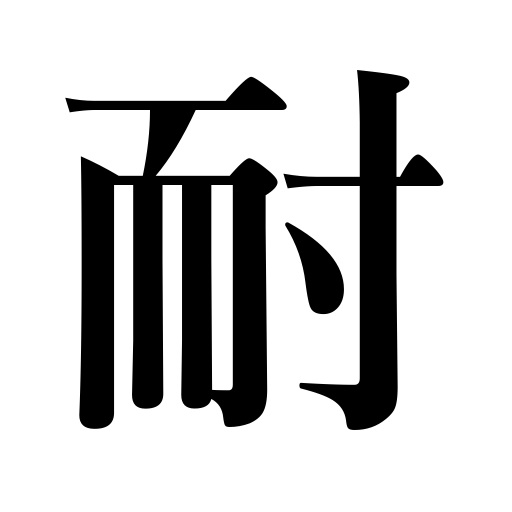
Meanings: be equal to,enduring,brave,withstand,be fit for,endure,support,resist,weather